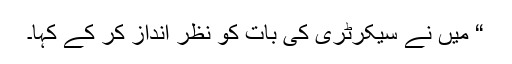
“ میں نے سیکرٹری کی بات کو نظر انداز کر کے کہا۔